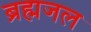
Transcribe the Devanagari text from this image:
ब्रह्मजल